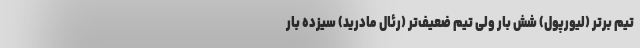
تیم برتر (لیورپول) شش بار ولی تیم ضعیف‌تر (رئال مادرید) سیزده بار